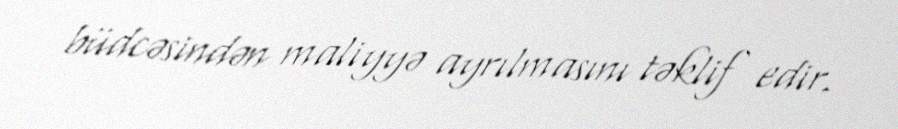
büdcəsindən maliyyə ayrılmasını təklif edir.